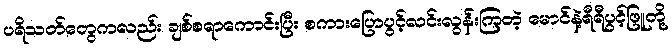
ပရိသတ်တွေကလည်း ချစ်စရာကောင်းပြီး စကားပြောပွင့်လင်းလွန်းကြတဲ့ မောင်နဲ့ရီရီပွင့်ဖြူတို့